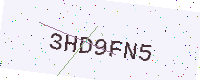
Text: 3HD9FN5